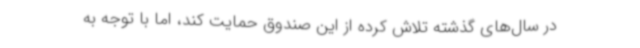
در سال‌های گذشته تلاش کرده از این صندوق حمایت کند، اما با توجه به